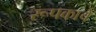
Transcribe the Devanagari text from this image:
रूपकाचे